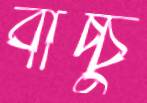
বাচ্চু